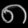
Digit: ၈